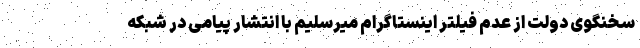
سخنگوی دولت از عدم فیلتر اینستاگرام میرسلیم با انتشار پیامی در شبکه